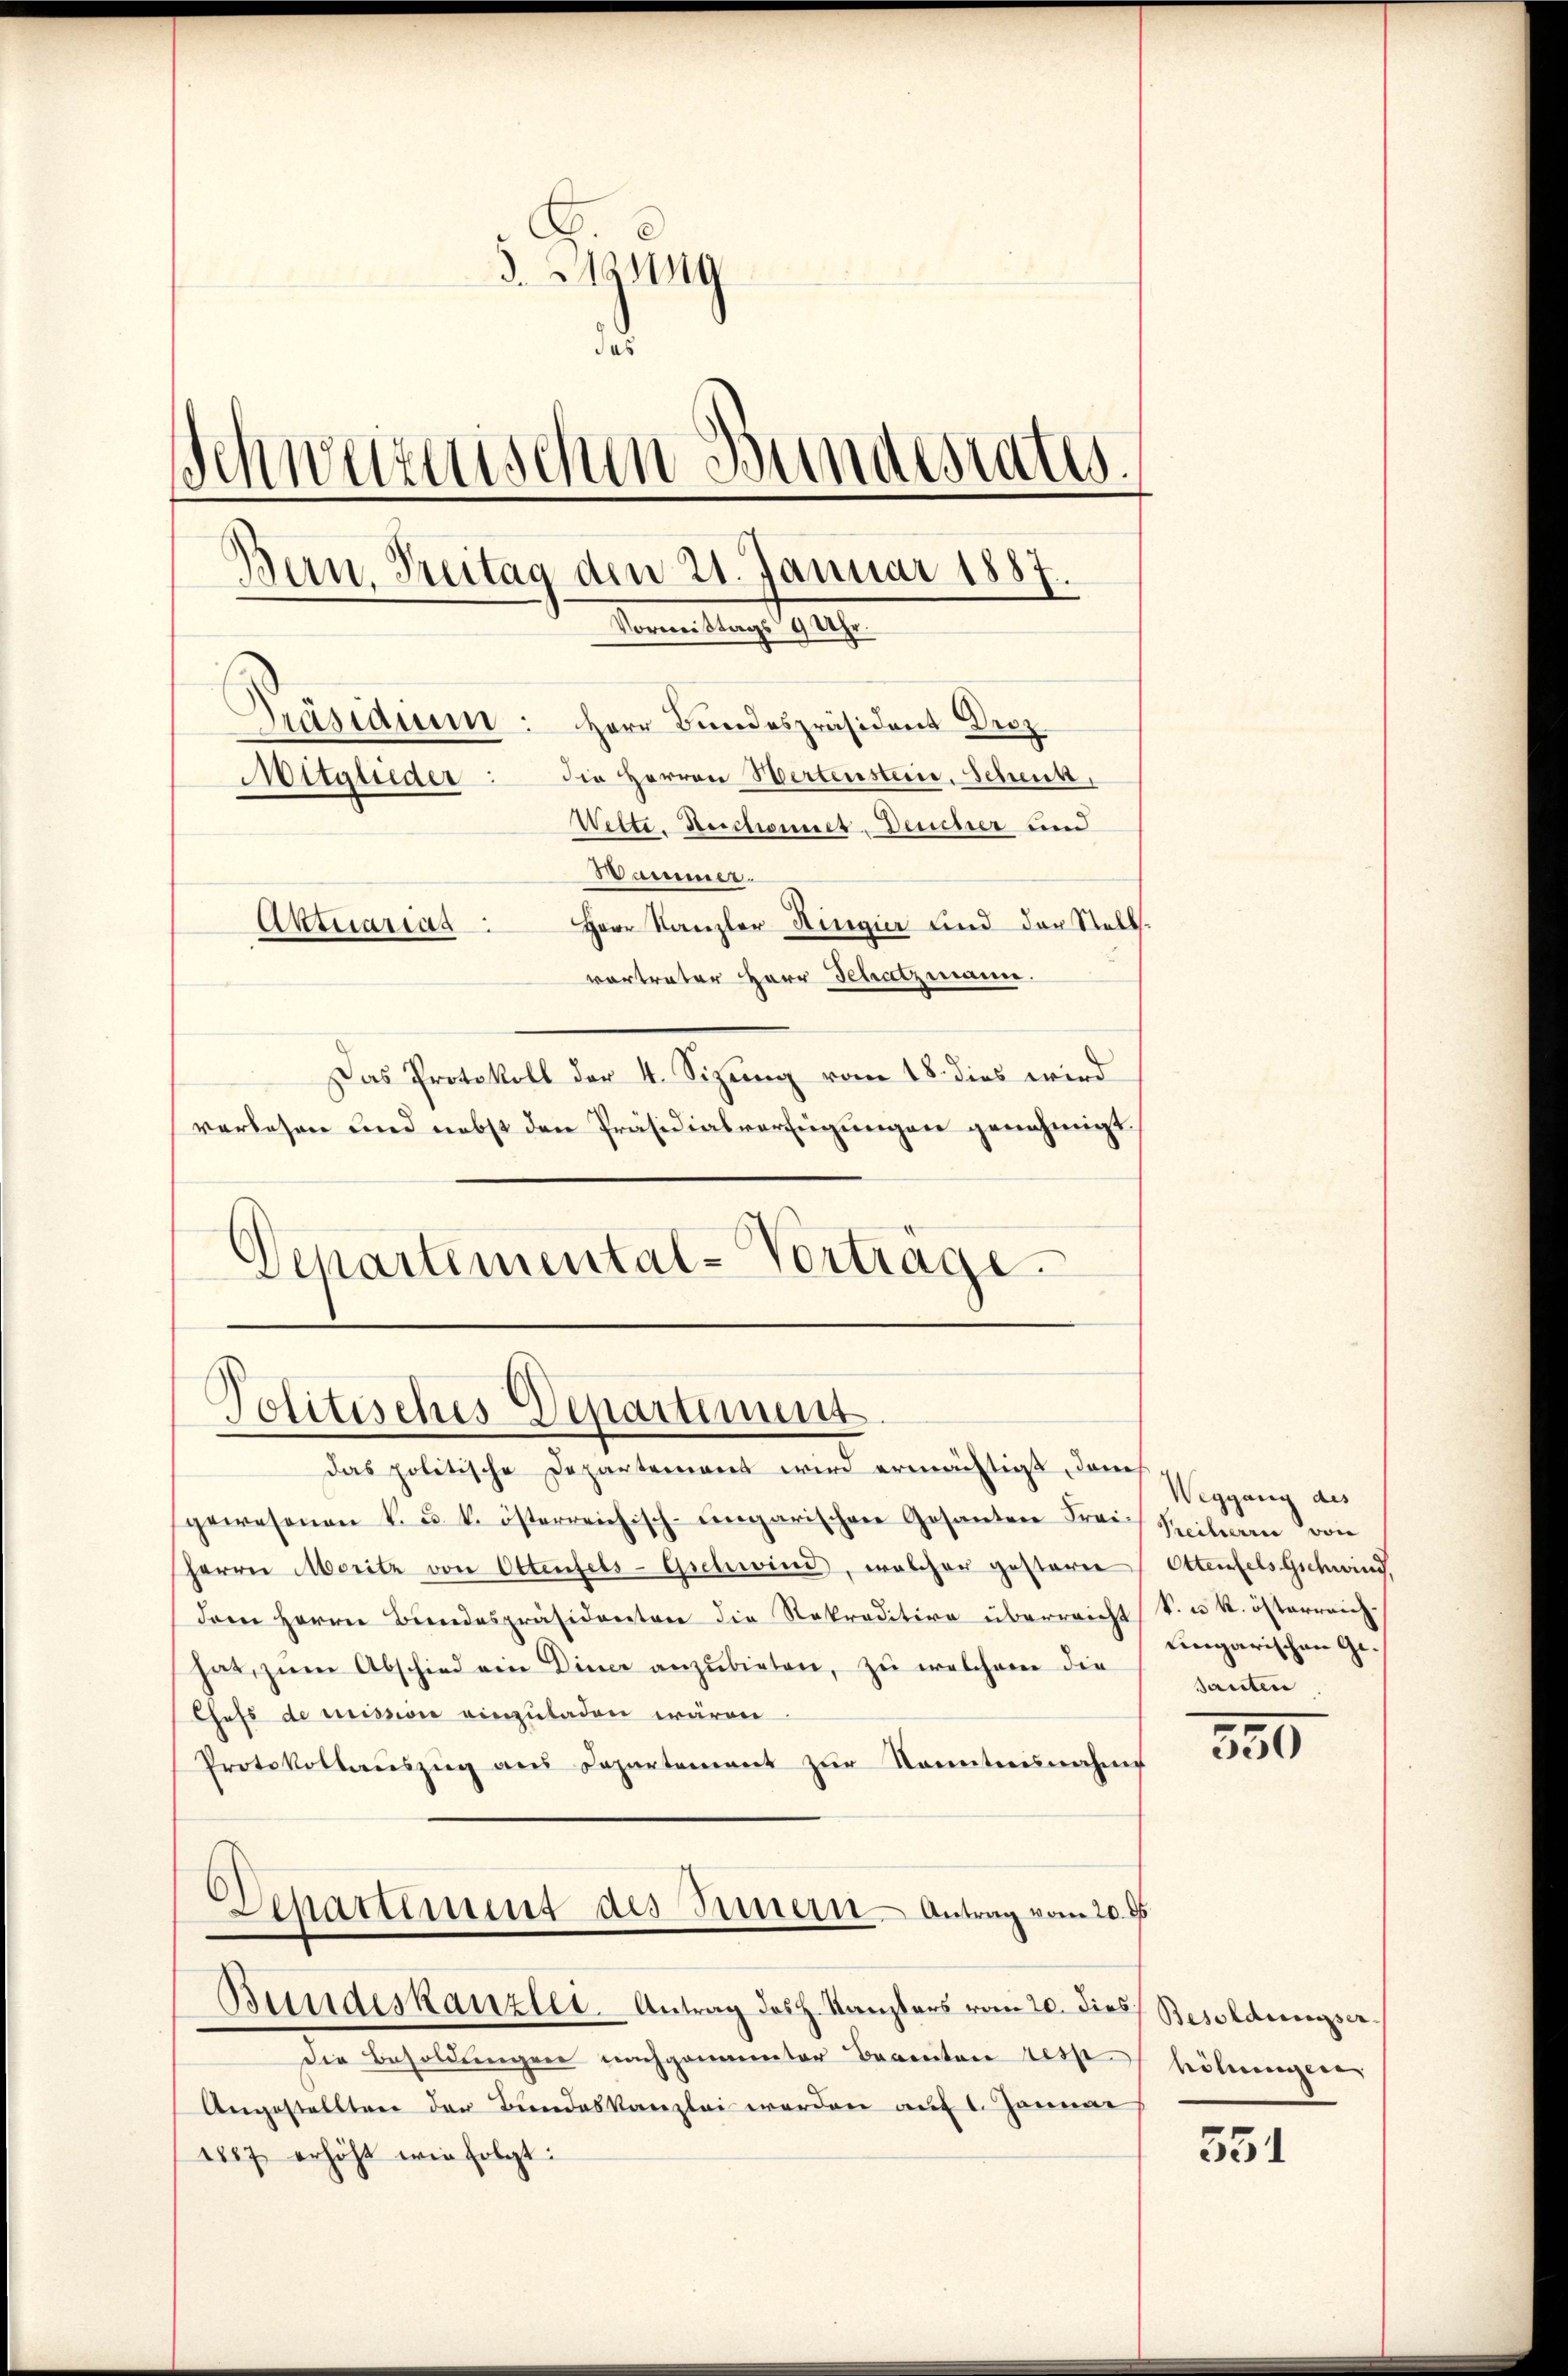
3. Missg
das
Schwarzischen Bundestatt.
Bern, Treitag den 21. Januar 1887.
Vorweistags 9 Uhr.
Präsidium: Herr Bundespräsident Droz
die Herren Wertenstein. Scheuk,
Mitglieder
Wette. Neschonnet-Deucher und
Hammer.
Herr Kanzler Ringier und der Stell¬
Aktuariag
vertrater Herr Schatzmann.
Das Protokoll der 4. Sizung vom 18. dies wird
verlesen und nebst den Präsidialverfügungen genehmigt.

d
Separtemental-Verträge.

Politisches Departement

das politische Departement wird ermächtigt, dem
gewesenen k. u. k. österreichisch-ungarischen Gosanten Frei Seiteren von
Herrn Moritz von Ottenfels-Gschwind, welcher gestere Ottenfels Gschwind,
dem Herrn Bundespräsidenten die Rekraditive überreicht
hat, zum Abschied ein Diner anzubieten, zu welchem die
Chefs de mission einzuladen wären.
Protokollaŭszŭg aŭs Departement zŭr Kenntnisnahme
Lepatriment des Innern - Antrag vom 20. d
Bundeskanzler. Antrag des H. Kanzlers vom 20. dies
Die Besoldungen nachgenannter Beamten resp
Angestellten der Bundeskanzlei werden auf 1. Januar
1887 erhöht wie folgt:

Weggang des
k. ds k. österreich.
Eingarischen Gesanten

350

Besoldungser
honungen

551